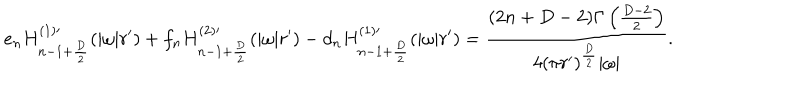
e _ { n } H _ { n - 1 + { \frac { D } { 2 } } } ^ { ( 1 ) \prime } ( | \omega | r ^ { \prime } ) + f _ { n } H _ { n - 1 + { \frac { D } { 2 } } } ^ { ( 2 ) \prime } ( | \omega | r ^ { \prime } ) - d _ { n } H _ { n - 1 + { \frac { D } { 2 } } } ^ { ( 1 ) \prime } ( | \omega | r ^ { \prime } ) = { \frac { ( 2 n + D - 2 ) \Gamma \left( { \frac { D - 2 } { 2 } } \right) } { 4 ( \pi r ^ { \prime } ) ^ { \frac { D } { 2 } } | \omega | } } .